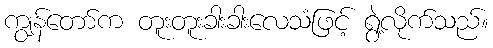
ကျွန်တော်က တူးတူးခါးခါးလေသံဖြင့် ရွဲ့လိုက်သည်။